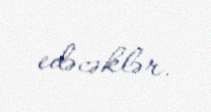
edəcəklər.